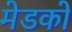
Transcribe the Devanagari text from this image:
मेडको